画像に写った文字を読んでください
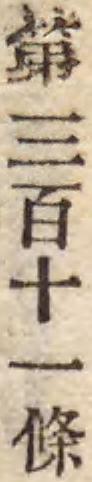
「第三百十一條」と書いてあります